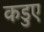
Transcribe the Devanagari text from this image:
कडुए